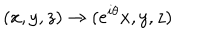
LaTeX: ( x , y , z ) \to ( e ^ { i \theta } x , y , z )